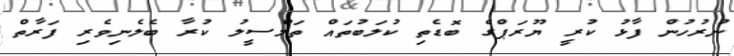
ނުރުހުން ފާޅު ކުރީ ޔޫރަޕްގެ ބޮޑެތި ކުލަބުތައް ތަމްސީލު ކުރާ ބެލެނިވެރި ފަރާތް